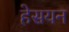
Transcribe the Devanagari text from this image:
हेसयन